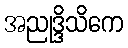
အညုဒ္ဒိသိကေ